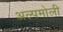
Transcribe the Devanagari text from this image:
अल्पमोली